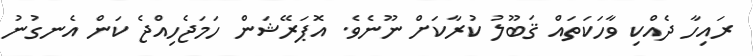
ރައިހާ ދެއްކި ވާހަކަތައް ޤަބޫލު ކުރާކަށް ނޫނެވެ. އޮޕަރޭޝަން ހަމަޖެހިއްޖެ ކަން އެނގުނު